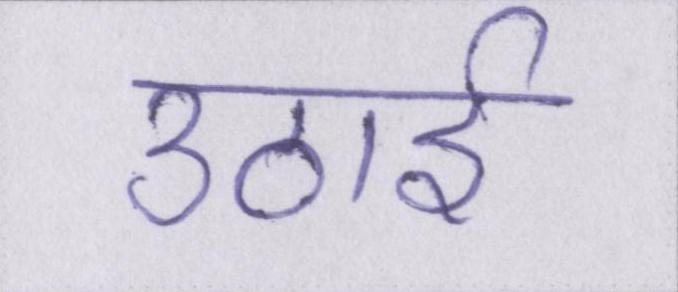
उठाई